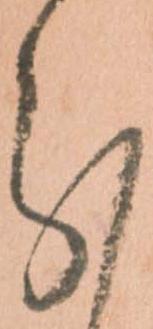
分